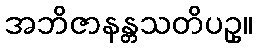
အဘိဇာနန္တသတိပဥှ။